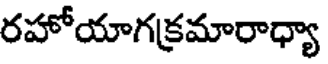
రహోయాగక్రమారాధ్యా